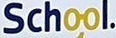
School.